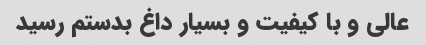
عالی و با کیفیت و بسیار داغ بدستم رسید